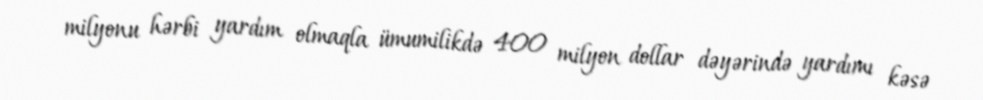
milyonu hərbi yardım olmaqla ümumilikdə 400 milyon dollar dəyərində yardımı kəsə